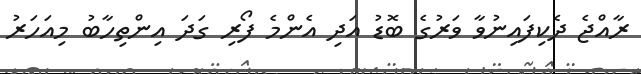
ރާއްޖެ ދެކިފައިނުވާ ވަރުގެ ބޮޑު އަދި އެންމެ ފޯރި ގަދަ އިންތިހާބު މިއަހަރު